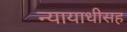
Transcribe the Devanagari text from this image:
न्यायाधीसह